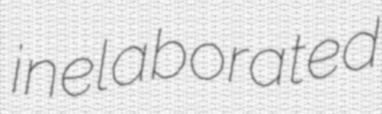
inelaborated